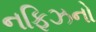
નફિઝનો